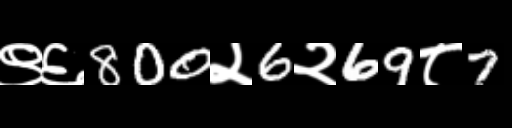
Text: ९६800२6२69८7